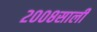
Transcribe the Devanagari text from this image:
२००८साली